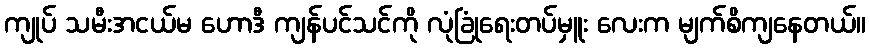
ကျုပ် သမီးအငယ်မ ဟောဒီ ကျန်ပင်သင်ကို လုံခြုံရေးတပ်မှူး လေးက မျက်စိကျနေတယ်။